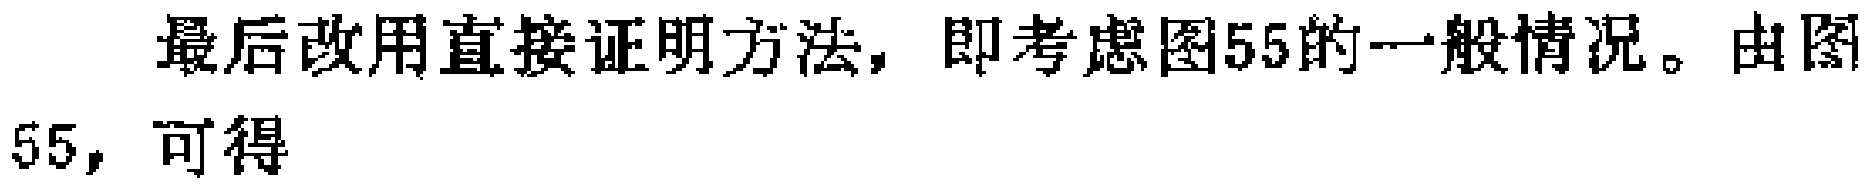
最后改用直接证明方法，即考虑图55的一般情况。由图55，可得